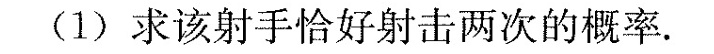
(1)求该射手恰好射击两次的概率。